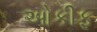
ઓકીફ